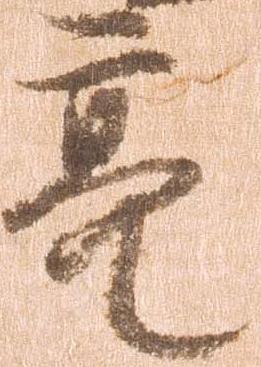
亮